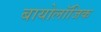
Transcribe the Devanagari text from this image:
बायोलॉजिक